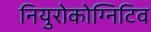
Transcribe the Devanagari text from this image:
नियुरोकोग्निटिव